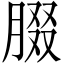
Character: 腏